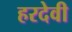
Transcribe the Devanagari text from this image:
हरदेवी